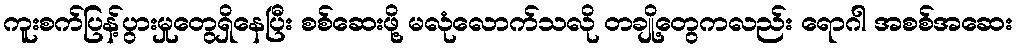
ကူးစက်ပြန့်ပွားမှုတွေရှိနေပြီး စစ်ဆေးဖို့ မလုံလောက်သလို တချို့တွေကလည်း ရောဂါ အစစ်အဆေး